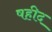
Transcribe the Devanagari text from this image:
षहीद